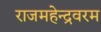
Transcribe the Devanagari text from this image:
राजमहेन्द्रवरम